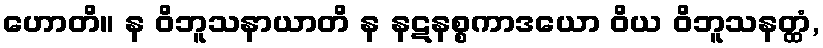
ဟောတိ။ န ဝိဘူသနာယာတိ န နဋနစ္စကာဒယော ဝိယ ဝိဘူသနတ္ထံ,